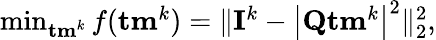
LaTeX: \begin{array}{r}{\operatorname*{min}_{{\mathbf{tm}}^{k}}f({\mathbf{tm}}^{k})=\| {\mathbf{I}}^{k}-\left|{\mathbf{Q}}{\mathbf{tm}}^{k}\right|^{2}\| _{2}^{2},}\end{array}